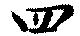
四